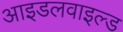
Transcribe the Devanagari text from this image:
आइडलवाइल्ड